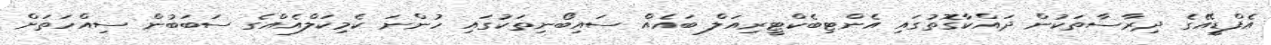
އެފްޑީއޭގެ ދިރާސާތަކުން ދައްކާގޮތުގައި އެންޓިބެކްޓީރިއަލް ބައެއް ސައިބޯނިތަކުގައި ހުންނަ ކެމިކަލްއެއްގެ ސަބަބުން ސިއްހަތަށް